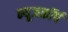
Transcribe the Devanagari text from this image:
न्यूजकॉर्प